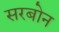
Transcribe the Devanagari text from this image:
सरबोन